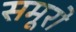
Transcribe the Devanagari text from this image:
समूरो